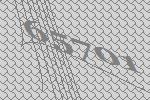
65701